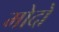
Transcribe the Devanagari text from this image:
मोदो